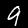
Label: 9